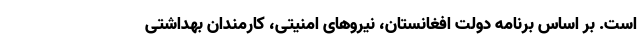
است. بر اساس برنامه دولت افغانستان، نیروهای امنیتی، کارمندان بهداشتی